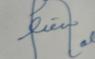
Signature authenticity: forged